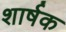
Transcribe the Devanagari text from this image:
शार्षक